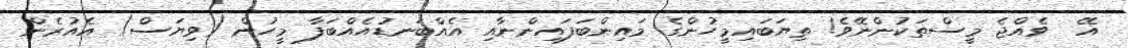
އޭ  ވެއްޖެ މީސްތަކުންނޭވެ! ތިޔަބައިމީހުންގެ މައިންބަފައިންނާއި އެއްބަނޑުއެއްބަފާ މީހުން (ވިޔަސް) އެއުރެން